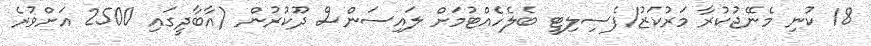
18 ކުނި މެނޭޖުކުރާ މަރުކަޒު/ފެސިލިޓީ ބެލެހެއްޓުމަށް ލައިސަންސް ދޫކުރުން (އާބާދީގައި 2500 އަށްވުރެ